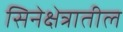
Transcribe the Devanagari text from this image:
सिनेक्षेत्रातील